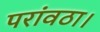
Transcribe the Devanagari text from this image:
परांवठा।